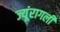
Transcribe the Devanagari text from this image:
ज्यूंरागली